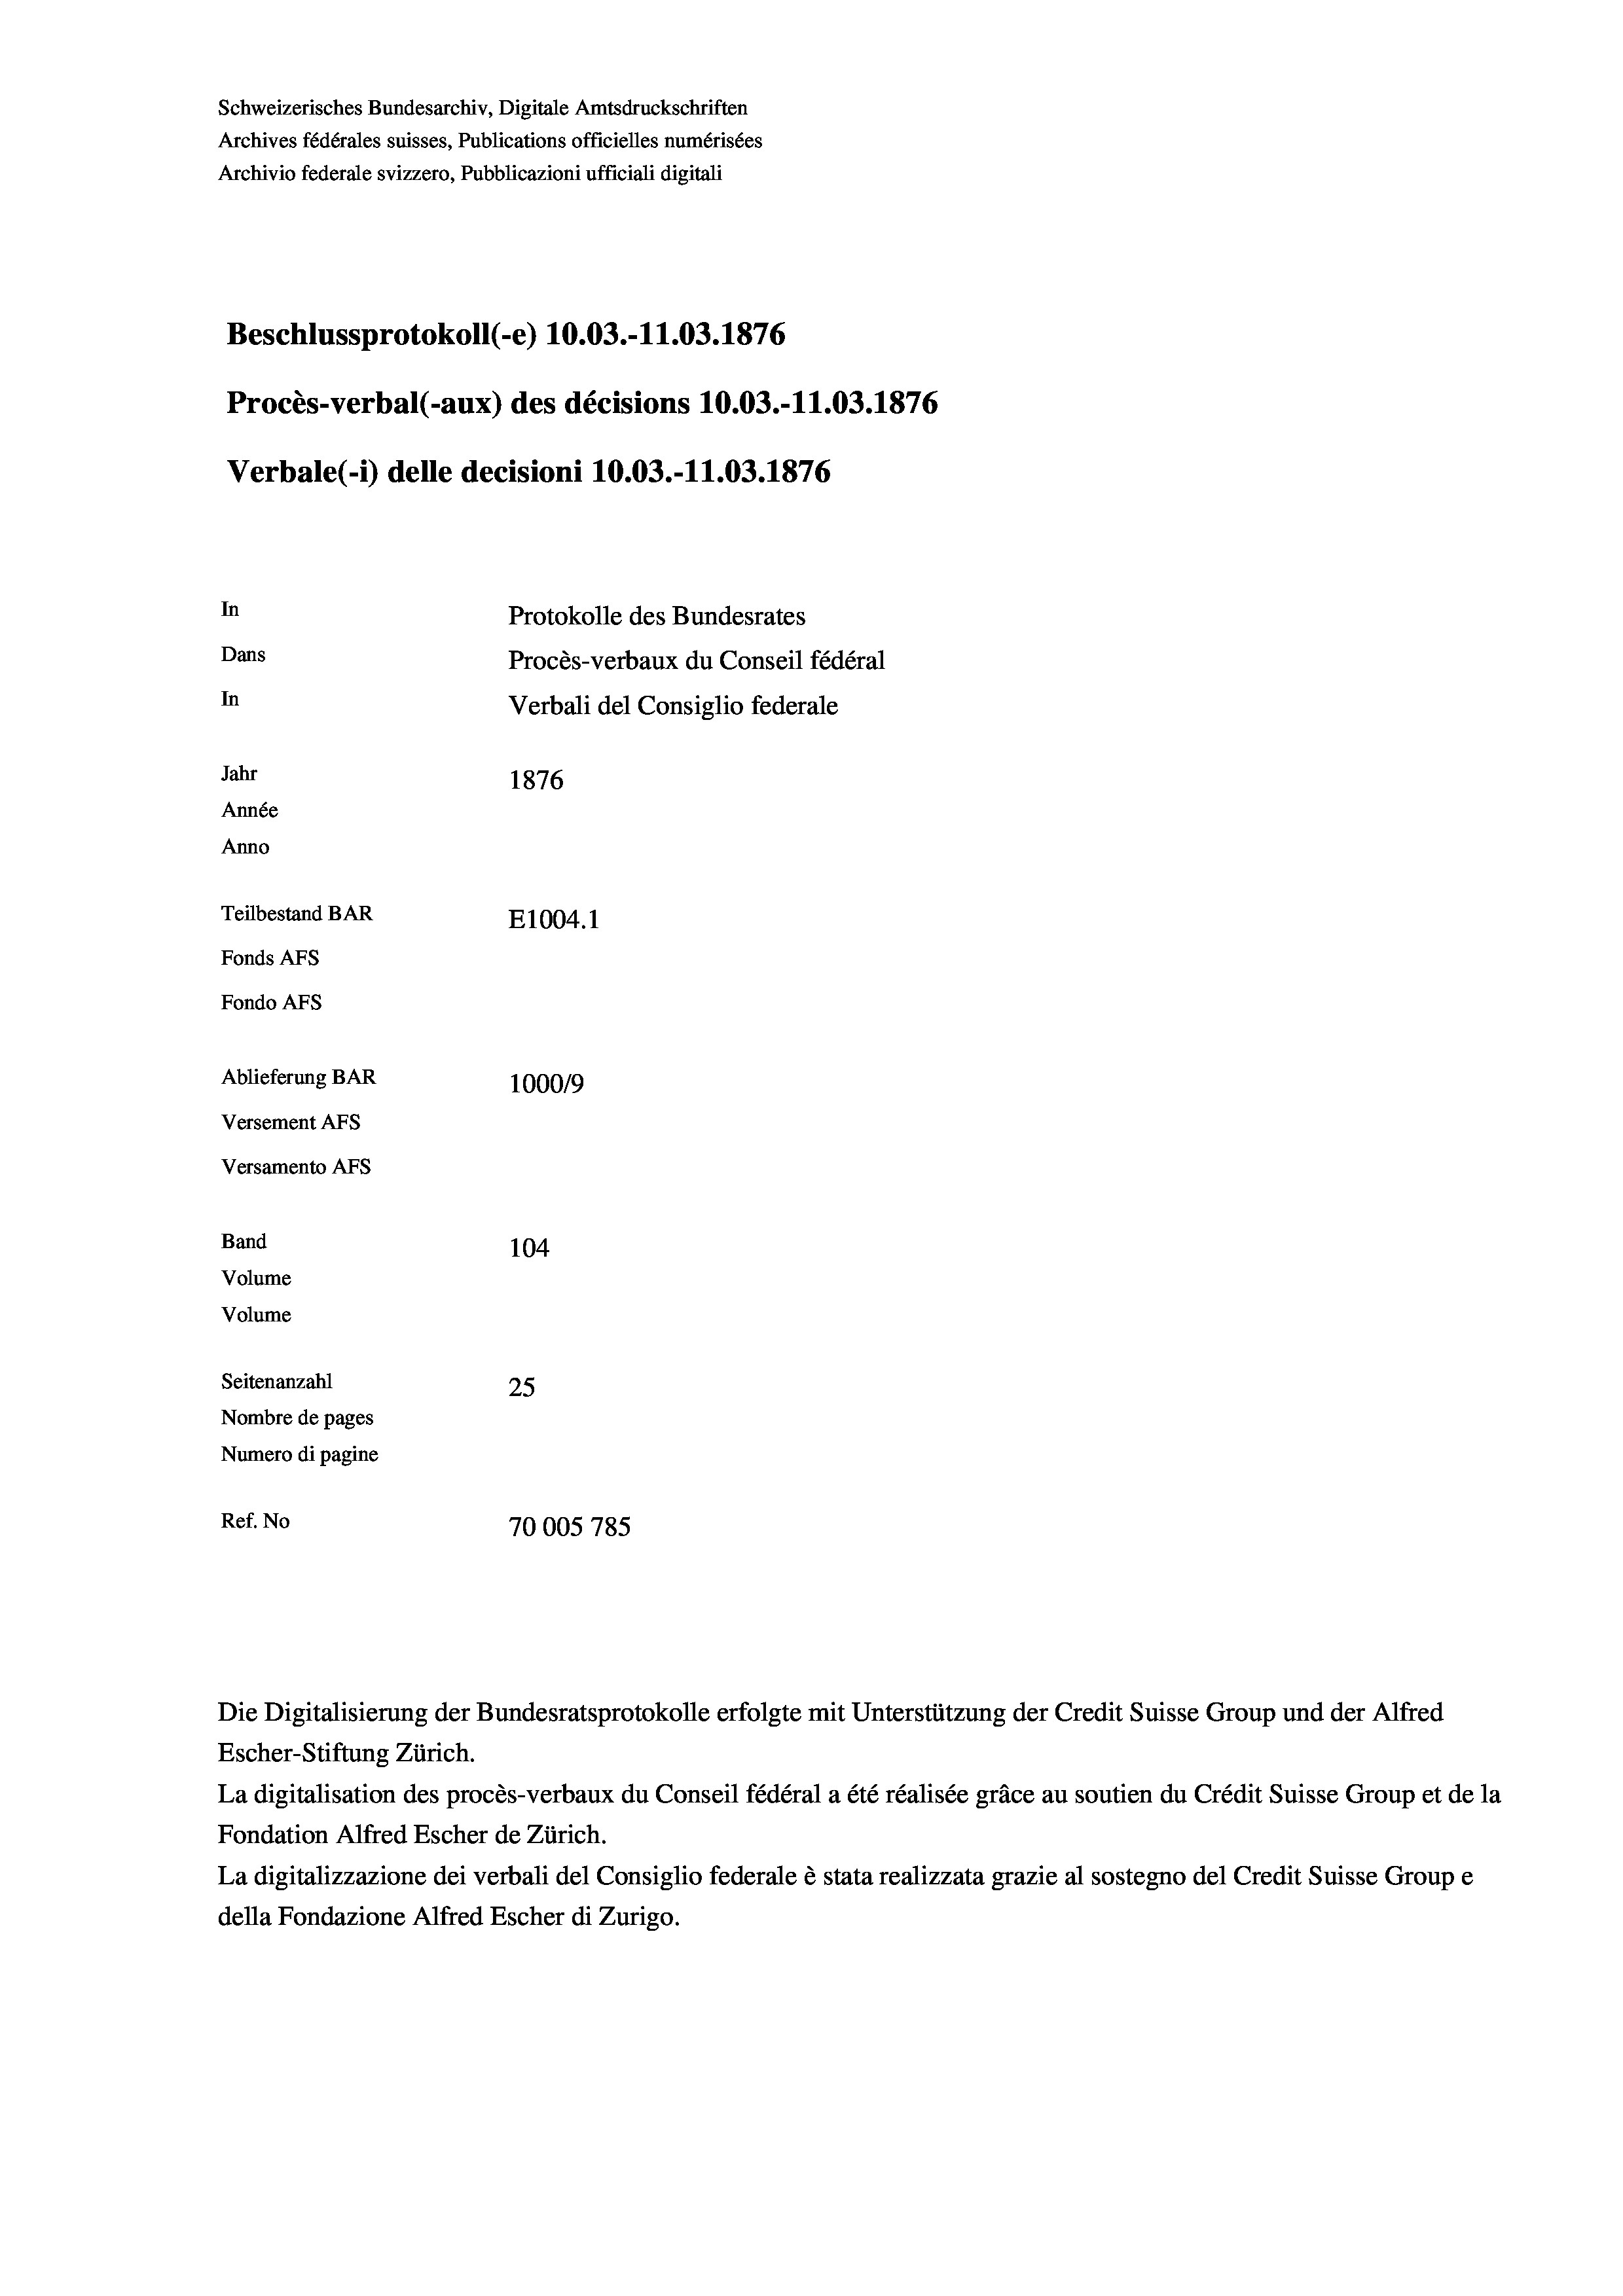
Schweizerisches Bundesarchiv, Digitale Amtsdruckschriften
Archives fédérales suisses, Publications officielles numérisées
Archivio federale svizzero, Pubblicazioni ufficiali digitali
Beschlussprotokoll (e) 10.03.-11.03. 1876
Procès-verbal (-aux) des décisions 10.03.-11.03. 1876
Verbale(*) delle decisioni 10.03.-11.03. 1876
In
Protokolle des Bundesrates
Dans
Procès-verbaux du Conseil fédéral
In
Verbali del Consiglio federale
Jahr
1876
Année
Anno
Teilbestand BAR
E1004.1
Fonds Afs
Fondo Afs
Ablieferung BAR
100019
Versement AFs

Versamento AFs
Band
Volume
Volume

104
Seitenanzahl
25
Nombre de pages
Numero di pagine
Ref. No
70005 785

Escher-Stiftung Zürich.
La digitalisation des procès-verbaux du Conseil fédéral a été réalisée gräce au soutien du Crédit Suisse Group et de la
Fondation Alfred Escher de Zürich.
La digitalizzazione dei verbali del Consiglio federale è stata realizzata grazie al sostegno del Credit Suisse Groupe
della Fondazione Alfred Escher di Zurigo.

Die Digitalisierung der Bundesratsprotokolle erfolgte mit Unterstützung der Credit Suisse Group und der Alfred